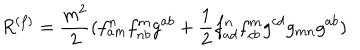
R ^ { ( f ) } = \frac { m ^ { 2 } } { 2 } ( f _ { a m } ^ { n } f _ { n b } ^ { m } g ^ { a b } + \frac 1 2 f _ { a d } ^ { n } f _ { c b } ^ { m } g ^ { c d } g _ { m n } g ^ { a b } )